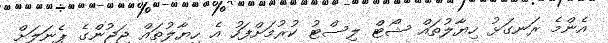
އެންމެ ރަނގަޅު ހިޔާލުތައް ޝޯޓް ލިސްޓު ކުރުމަށްފަހު އެ ހިޔާލުތައް ޖަޖުންގެ ޕެނަލަށް